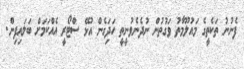
ފެނުނު ތަކެތީގެ މައުލޫމާތު ވަގުތުން ނުދެނެވުނީތީ ހަދަިގެން އުޅޭ ސްޓޯރީ އެއްކަމަށް ބަލައިފިން.